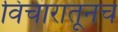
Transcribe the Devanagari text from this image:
विचारातूनच